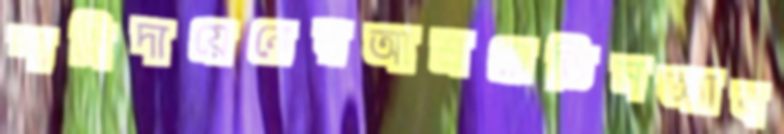
শাহিদায়েনেরআশ্রয়েডিসঅ্যাব